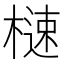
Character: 㯈